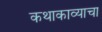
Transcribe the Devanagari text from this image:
कथाकाव्याचा